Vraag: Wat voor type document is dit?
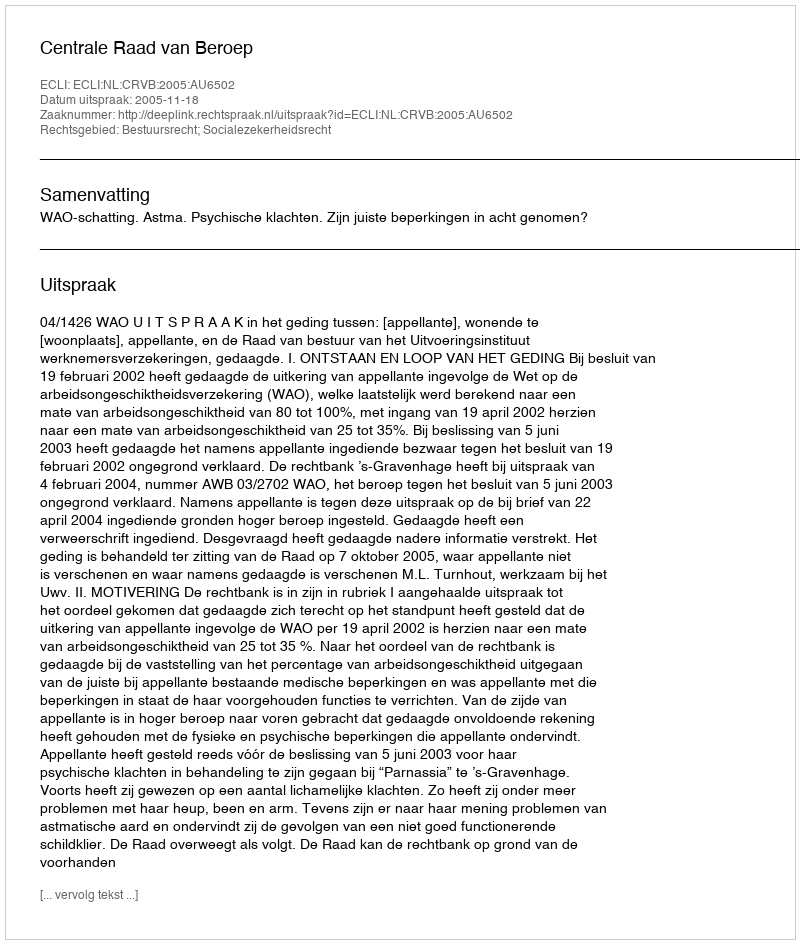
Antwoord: Uitspraak